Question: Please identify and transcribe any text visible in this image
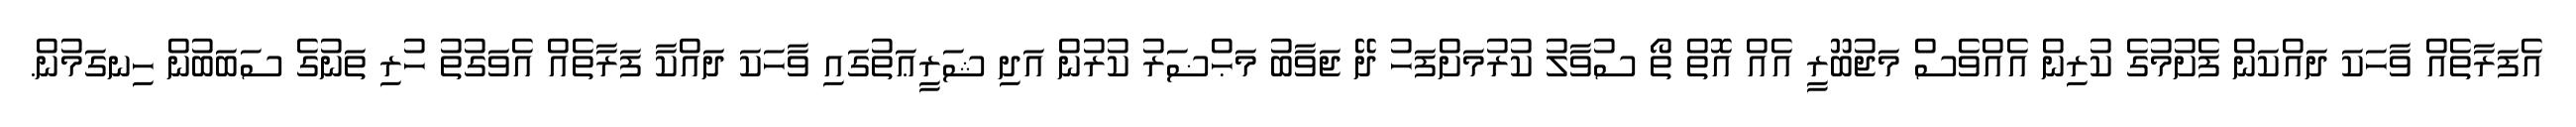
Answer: އެފަރާތެއް ވާހަކަ ދައްކަން ފެށުމުގެ ކުރިން އެއްވެސް މަޖުބޫރީ އެއް އޮތް ތޯ ސުވާލު ކުރުމަށްފަހު ދޭ ޖަވާބު މަޙްޟަރު ކުރުން އަދި ޝަރީޢަތުގައި ވާހަކަ ދައްކާ ފަރާތެއް އެވަގުތު ހުރި ތަނުގެ ސަބަބުން ހިނގަމުން.